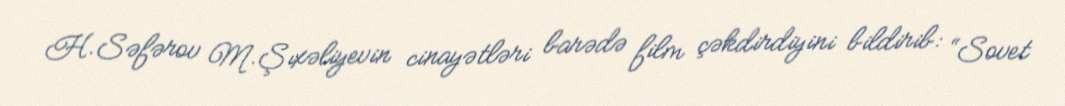
H.Səfərov M.Şıxəliyevin cinayətləri barədə film çəkdirdiyini bildirib: “Sovet